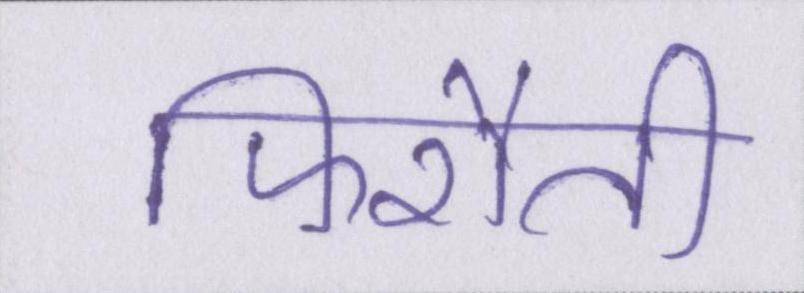
फिरौती